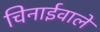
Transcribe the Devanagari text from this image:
चिनाईवाले